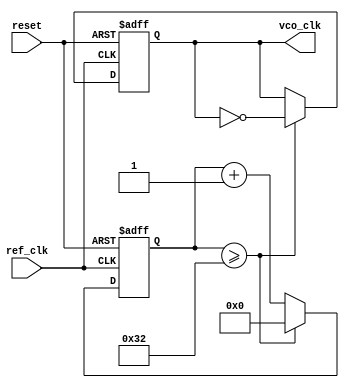
module PLL_Synchronizer (
    input wire ref_clk,      // Reference Clock (incoming clock)
    input wire reset,        // Reset signal
    output reg vco_clk       // VCO output clock
);

    // Parameters for the PLL
    parameter integer VCO_FREQ = 100;     // VCO frequency in MHz
    parameter integer CLK_DIV = 2;         // Clock Divider ratio

    // Internal signals
    reg [15:0] phase_error;                 // Phase error signal
    reg [15:0] loop_filter_output;          // Output from loop filter
    reg [15:0] vco_control;                 // Control voltage for VCO
    reg [31:0] counter;                     // VCO counter for frequency generation
    reg vco_enable;                         // VCO enable signal
    reg [1:0] state;                        // State for operational modes

    // States: 0 = Acquisition, 1 = Tracking
    parameter ACQUISITION = 2'b00,
              TRACKING = 2'b01;

    // Phase Detector: Simple XOR Phase Detector
    always @(posedge ref_clk or posedge reset) begin
        if (reset) begin
            phase_error <= 0;
            state <= ACQUISITION;
        end else begin
            // Simulate phase detection (this is a simple model)
            phase_error <= (vco_clk == ref_clk) ? 0 : 1; // 0: In phase, 1: Out of phase
        end
    end

    // Loop Filter: Simple Integrative Loop Filter
    always @(posedge ref_clk or posedge reset) begin
        if (reset) begin
            loop_filter_output <= 0;
        end else begin
            // Integrate the phase error
            loop_filter_output <= loop_filter_output + phase_error;
        end
    end

    // VCO: Simple VCO simulation with adjustable frequency
    always @(posedge ref_clk or posedge reset) begin
        if (reset) begin
            vco_control <= 0;
            counter <= 0;
            vco_clk <= 0;
        end else begin
            // Update VCO control based on the loop filter output
            vco_control <= loop_filter_output;

            // Simple frequency control for VCO
            counter <= counter + 1;

            // Generate VCO clock based on control voltage
            if (counter >= (VCO_FREQ / CLK_DIV)) begin
                vco_clk <= ~vco_clk; // Toggle VCO clock
                counter <= 0;
            end
        end
    end

    // Output Clock Buffer (if needed)
    // Here we are just using vco_clk directly
    // In a real application, you might want to implement a buffering mechanism
    assign vco_clk_out = vco_clk;

endmodule